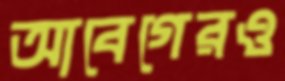
আবেগেরও